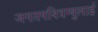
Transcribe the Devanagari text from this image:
जगतपवित्रम्बुलाई